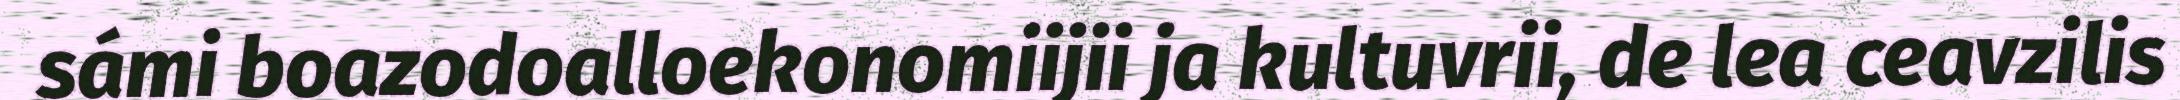
sámi boazodoalloekonomiijii ja kultuvrii, de lea ceavzilis